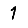
Digit: 1